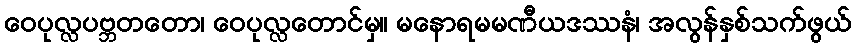
ဝေပုလ္လပဗ္ဘတတော၊ ဝေပုလ္လတောင်မှ။ မနောရမမဏီယဒဿနံ၊ အလွန်နှစ်သက်ဖွယ်